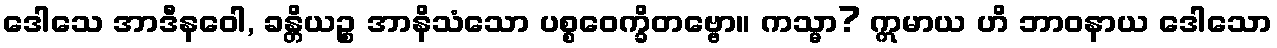
ဒေါသေ အာဒီနဝေါ, ခန္တိယဉ္စ အာနိသံသော ပစ္စဝေက္ခိတဗ္ဗော။ ကသ္မာ? ဣမာယ ဟိ ဘာဝနာယ ဒေါသော